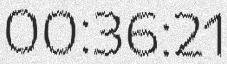
00:36:21